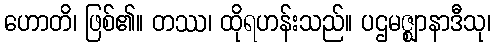
ဟောတိ၊ ဖြစ်၏။ တဿ၊ ထိုရဟန်းသည်။ ပဌမဇ္ဈာနာဒီသု၊